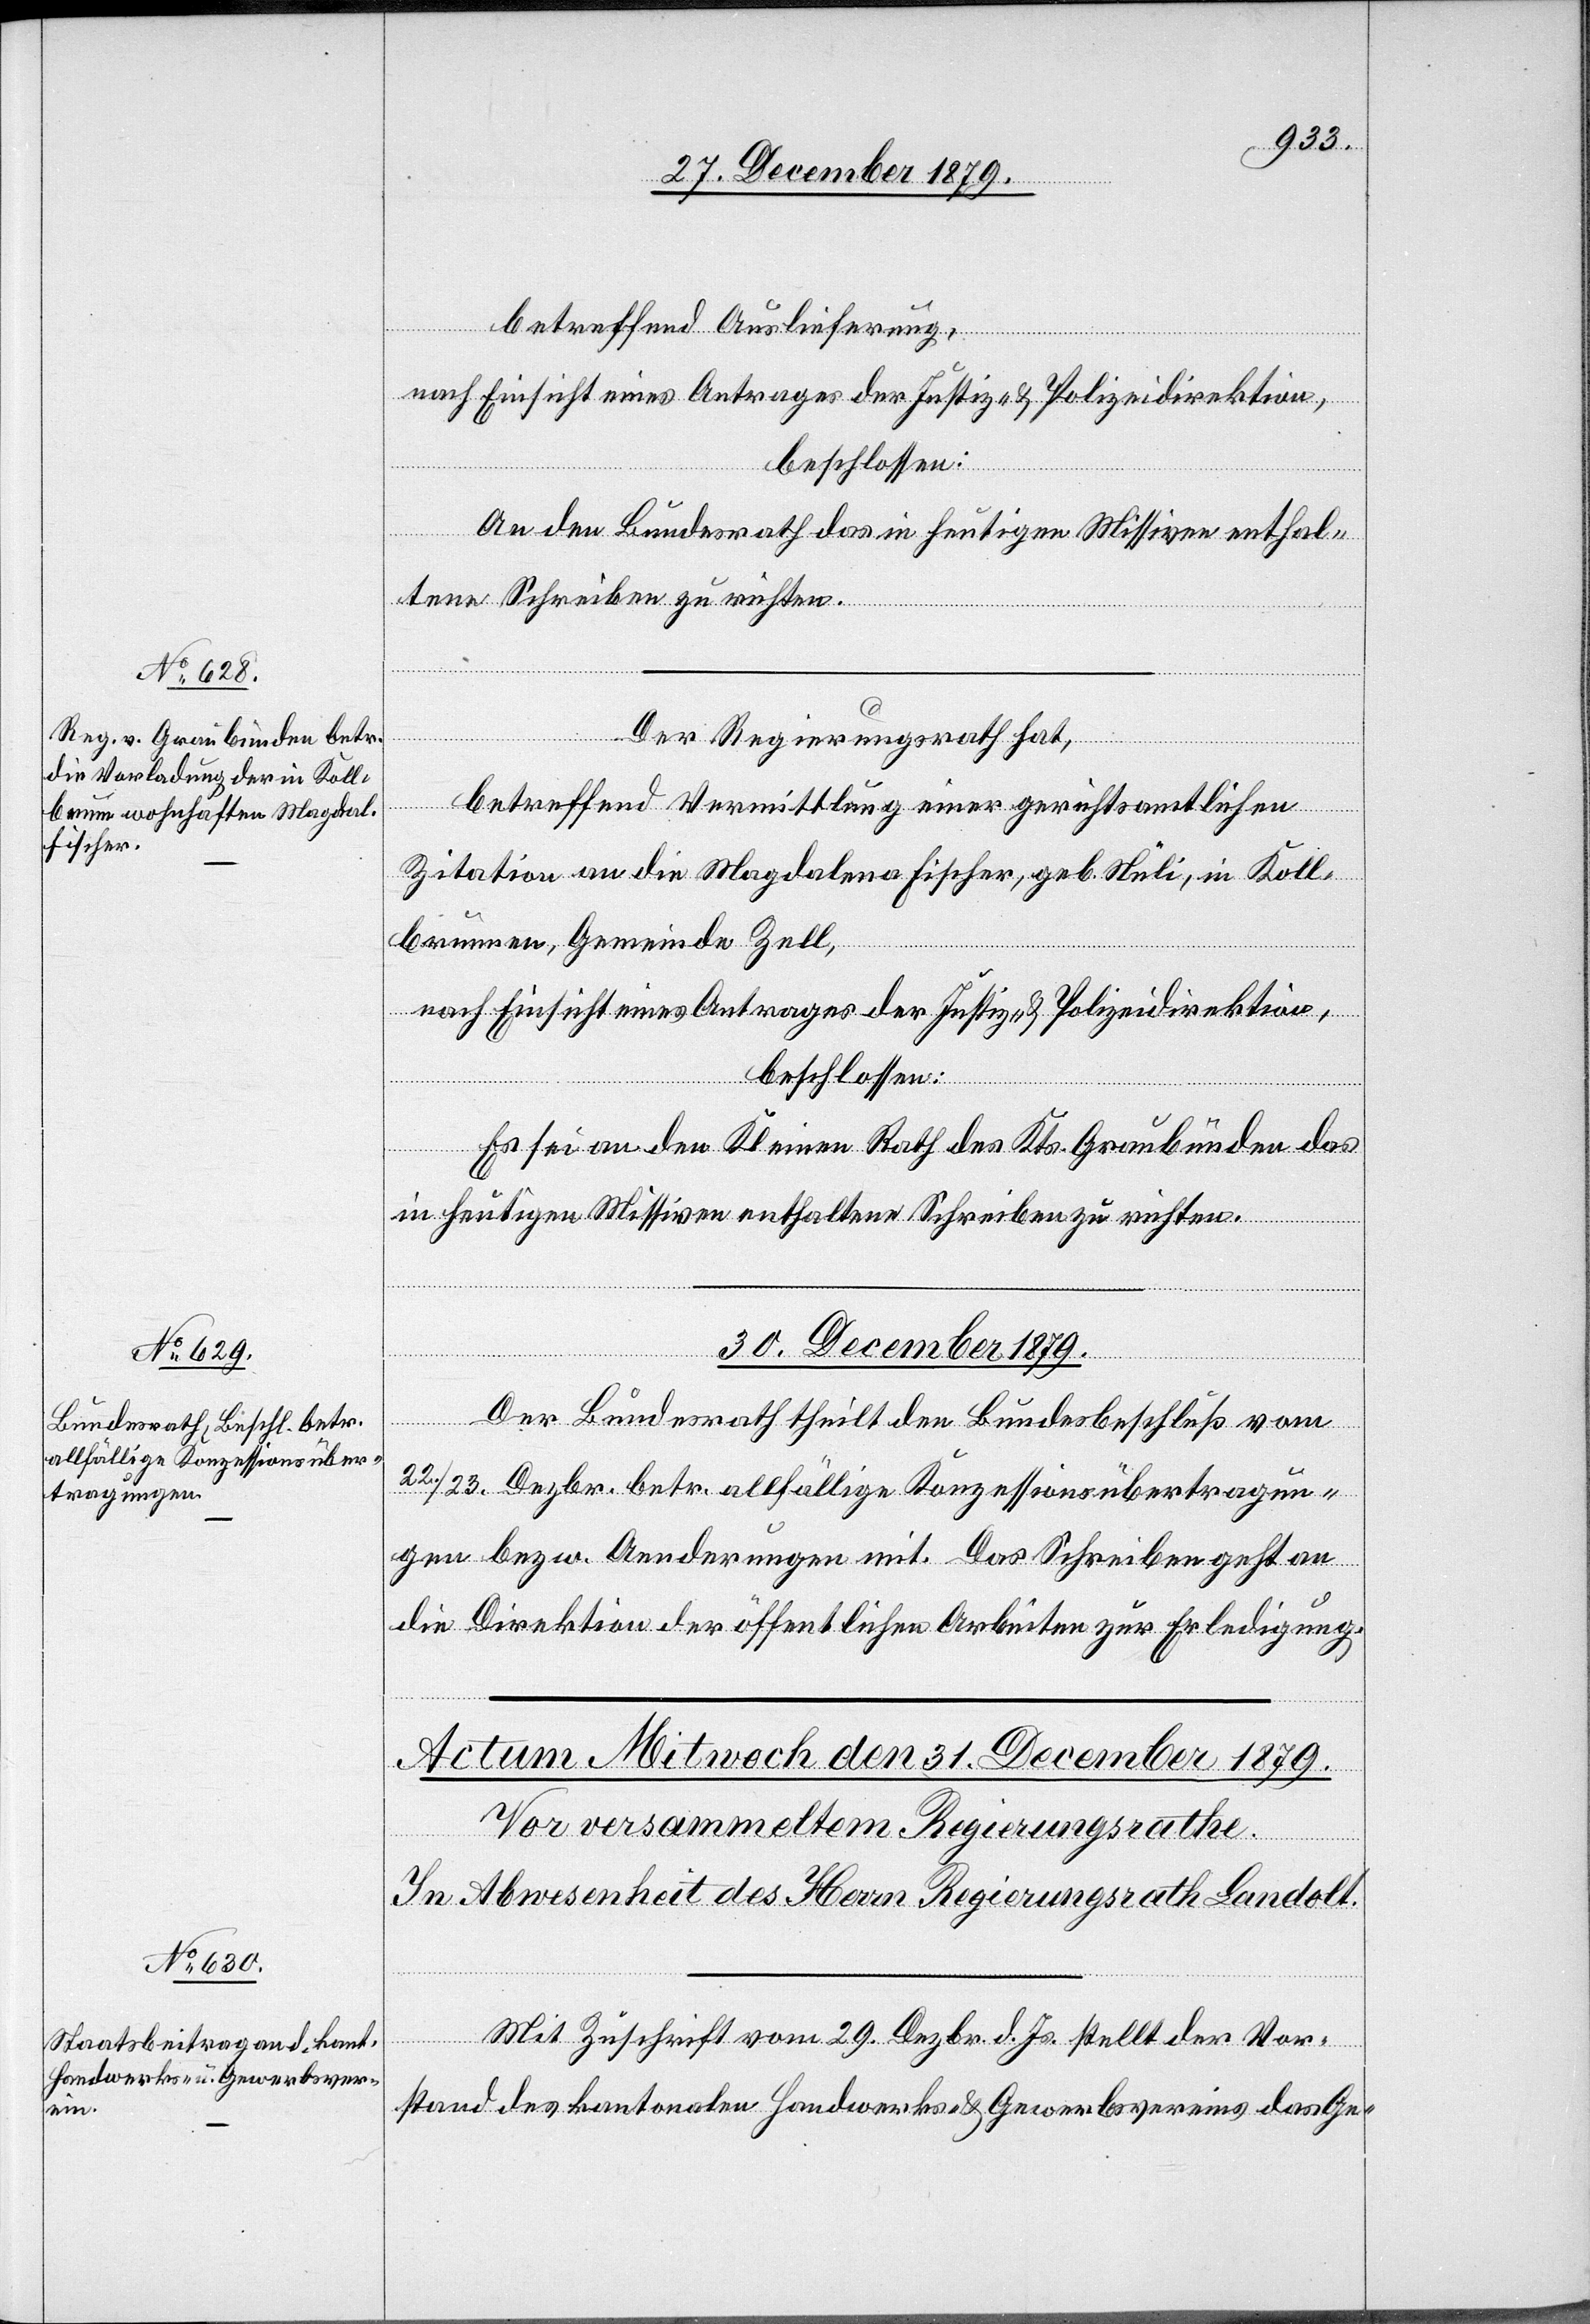
29. December 1879.]
betreffend Auslieferung,
nach Einsicht eines Antrages der Justiz- & Polizeidirektion,
beschlossen:
An den Bundesrath das in heutigen Missiven enthal¬
tene Schreiben zu richten.
Der Regierungsrath hat,
betreffend Vermittlung einer gerichtsamtlichen
Zitation an die Magdalene Fischer, geb. Nüli, in Koll¬
brunnnen, Gemeinde Zell,
nach Einsicht eines Antrages der Justiz- & Polizeidirektion,
beschlossen:
Es sei an den Kleinen Rath des Kts. Graubünden das
in heutigen Missiven enthaltene Schreiben zu richten.
30. December 1879.
Der Bundesrath theilt den Bundesbeschluß vom
22./23. Dezbr. betr. allfällige Konzessionsübertragun¬
gen bezw. Aenderungen mit. Das Schreiben geht an
die Direktion der öffentlichen Arbeiten zur Erledigung.
Mit Zuschrift vom 29. Dezbr. d. Js. stellt der Vor¬
stand des kantonalen Handwerks- & Gewerbsvereins das Ge-